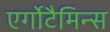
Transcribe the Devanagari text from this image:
एर्गोटैमिन्स